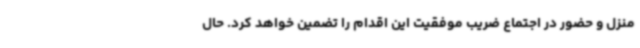
منزل و حضور در اجتماع ضریب موفقیت این اقدام را تضمین خواهد کرد. حال